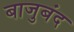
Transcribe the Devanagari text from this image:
बाजुबंद